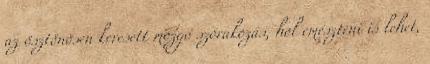
az ösztönösen keresett mozgó szórakozás, hol emészteni is lehet,